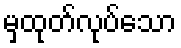
မှထုတ်လုပ်သော